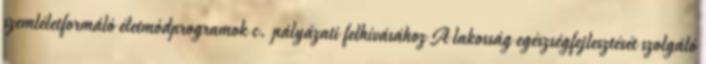
szemléletformáló életmódprogramok c. pályázati felhívásához A lakosság egészségfejlesztését szolgáló